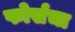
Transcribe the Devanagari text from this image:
फोर्सचा